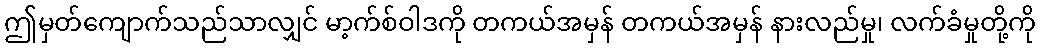
ဤမှတ်ကျောက်သည်သာလျှင် မာ့က်စ်ဝါဒကို တကယ်အမှန် တကယ်အမှန် နားလည်မှု၊ လက်ခံမှုတို့ကို